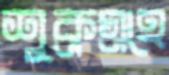
শুক্রগ্রহে